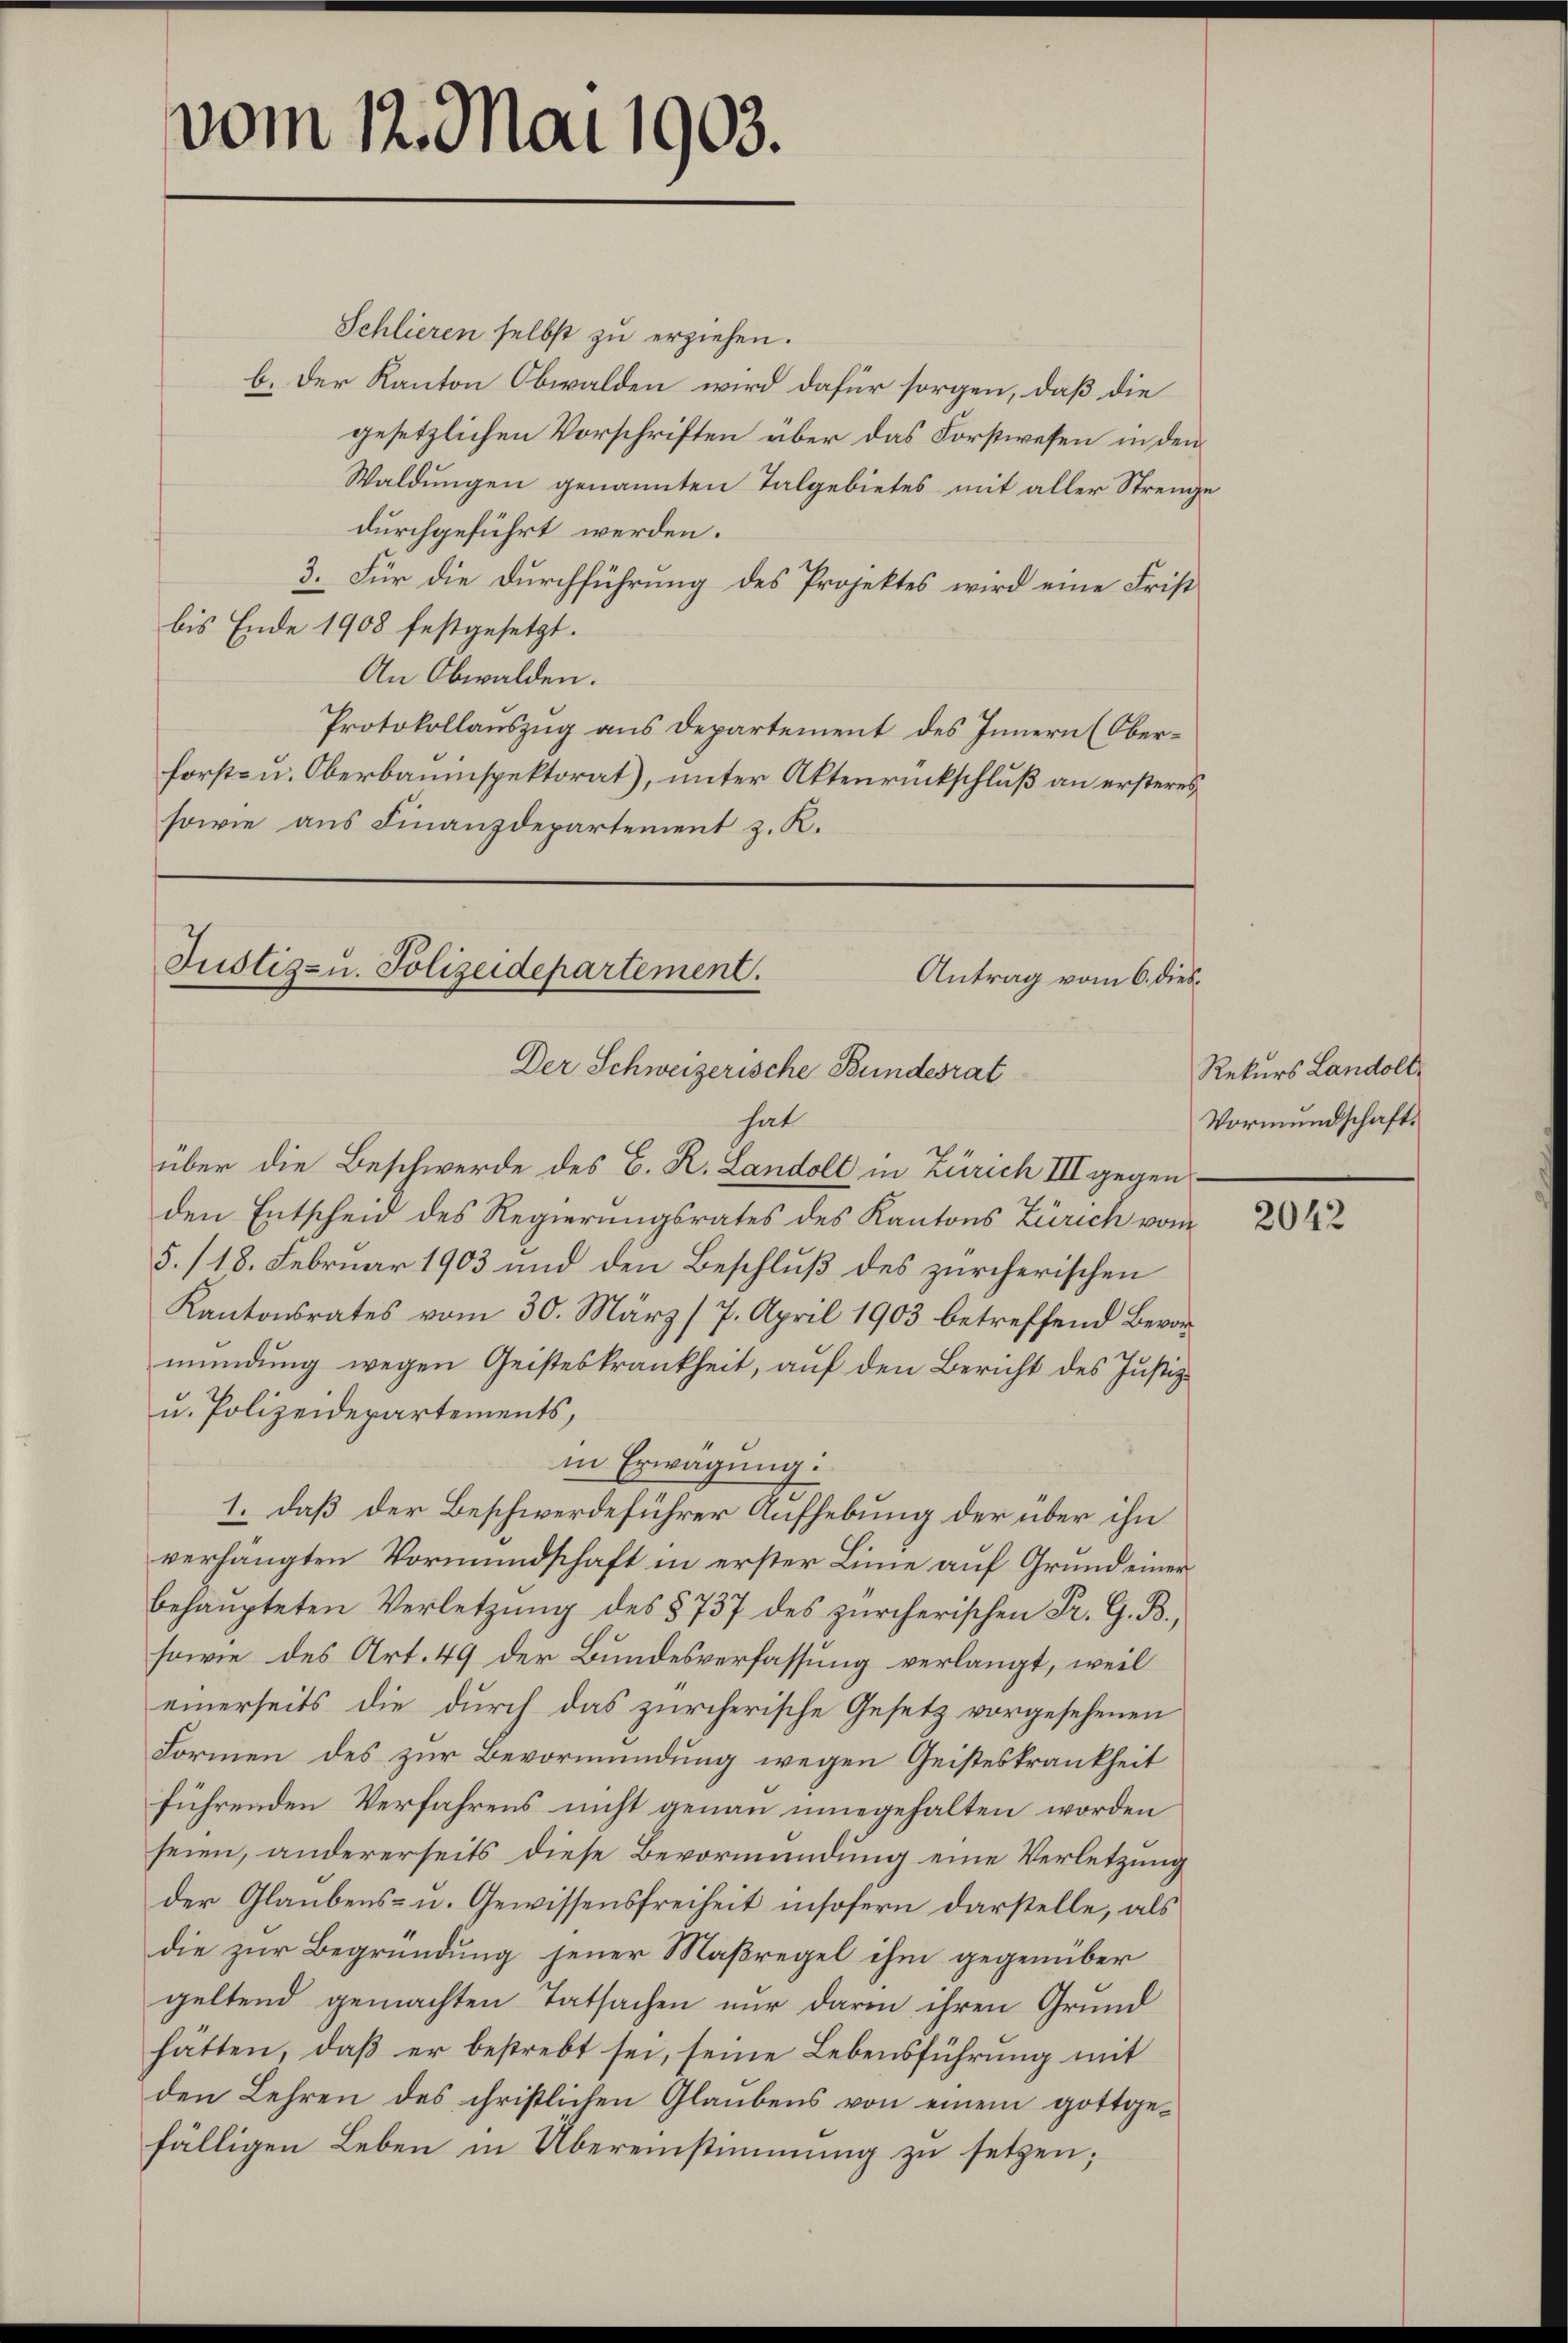
vom 12. Mai 1903.

Schlieren selbst zu erziehen.
b. Der Kanton Obwalden wird dafür sorgen, daß die
gesetzlichen Vorschriften über das Forstwesen in den
Waldungen genannten Talgebietes mit aller Strenge
durchgeführt werden.
3. Für die Durchführung des Projektes wird eine Frist
bis Ende 1908 festgesetzt.
An Obwalden.
Protokollauszug aus Departement des Innern (Oberforst- u. Oberbauinspektorat), unter Aktenrückschluß an ersteres
sowie aus Finanzdepartement z. K.

Justiz- u. Polizeidepartement.
Antrag vom 6. dies¬
Der Schweizerische Bundesrat

hat
über die Beschwerde des C. R. Landolt in Zürich III gegen
den Entscheid des Regierungsrates des Kantons Zürich vom
5./18. Februar 1903 und den Beschluß des zürcherischen
Kantonsrates vom 30. März /7. April 1903 betreffend Bevormündung wegen Geisteskrankheit, auf den Bericht des Justiz¬
u. Polizeidepartements,
in Erwägung:
1. daß der Beschwerdeführer Aufhebung der über ihn
verhängten Vormundschaft in erster Linie auf Grund einer
behaupteten Verletzŭng des § 737 des zürcherischen Fr. G. B.
sowie des Art. 49 der Bundesverfassung verlangt, weil
einerseits die durch das zürcherische Gesetz vorgesehenen
Formen des zur Bevormundung wegen Geisteskrankheit
führenden Verfahrens nicht genau einegehalten worden
seien, andererseits diese Bevormundung eine Verletzung
der Glaubens- u. Gewissensfreiheit insofern darstelle, als
die zur Begründung jener Maßregel ihm gegenüber
geltend gemachten Tatsachen nur darin ihren Grund
hätten, daß er bestrebt sei, seine Lebensführung mit
den Lehren des christlichen Glaubens von einem gottgefälligen Leben in Übereinstimmung zu setzen;

Rekurs Landolt,
Vormundschaft.

2042